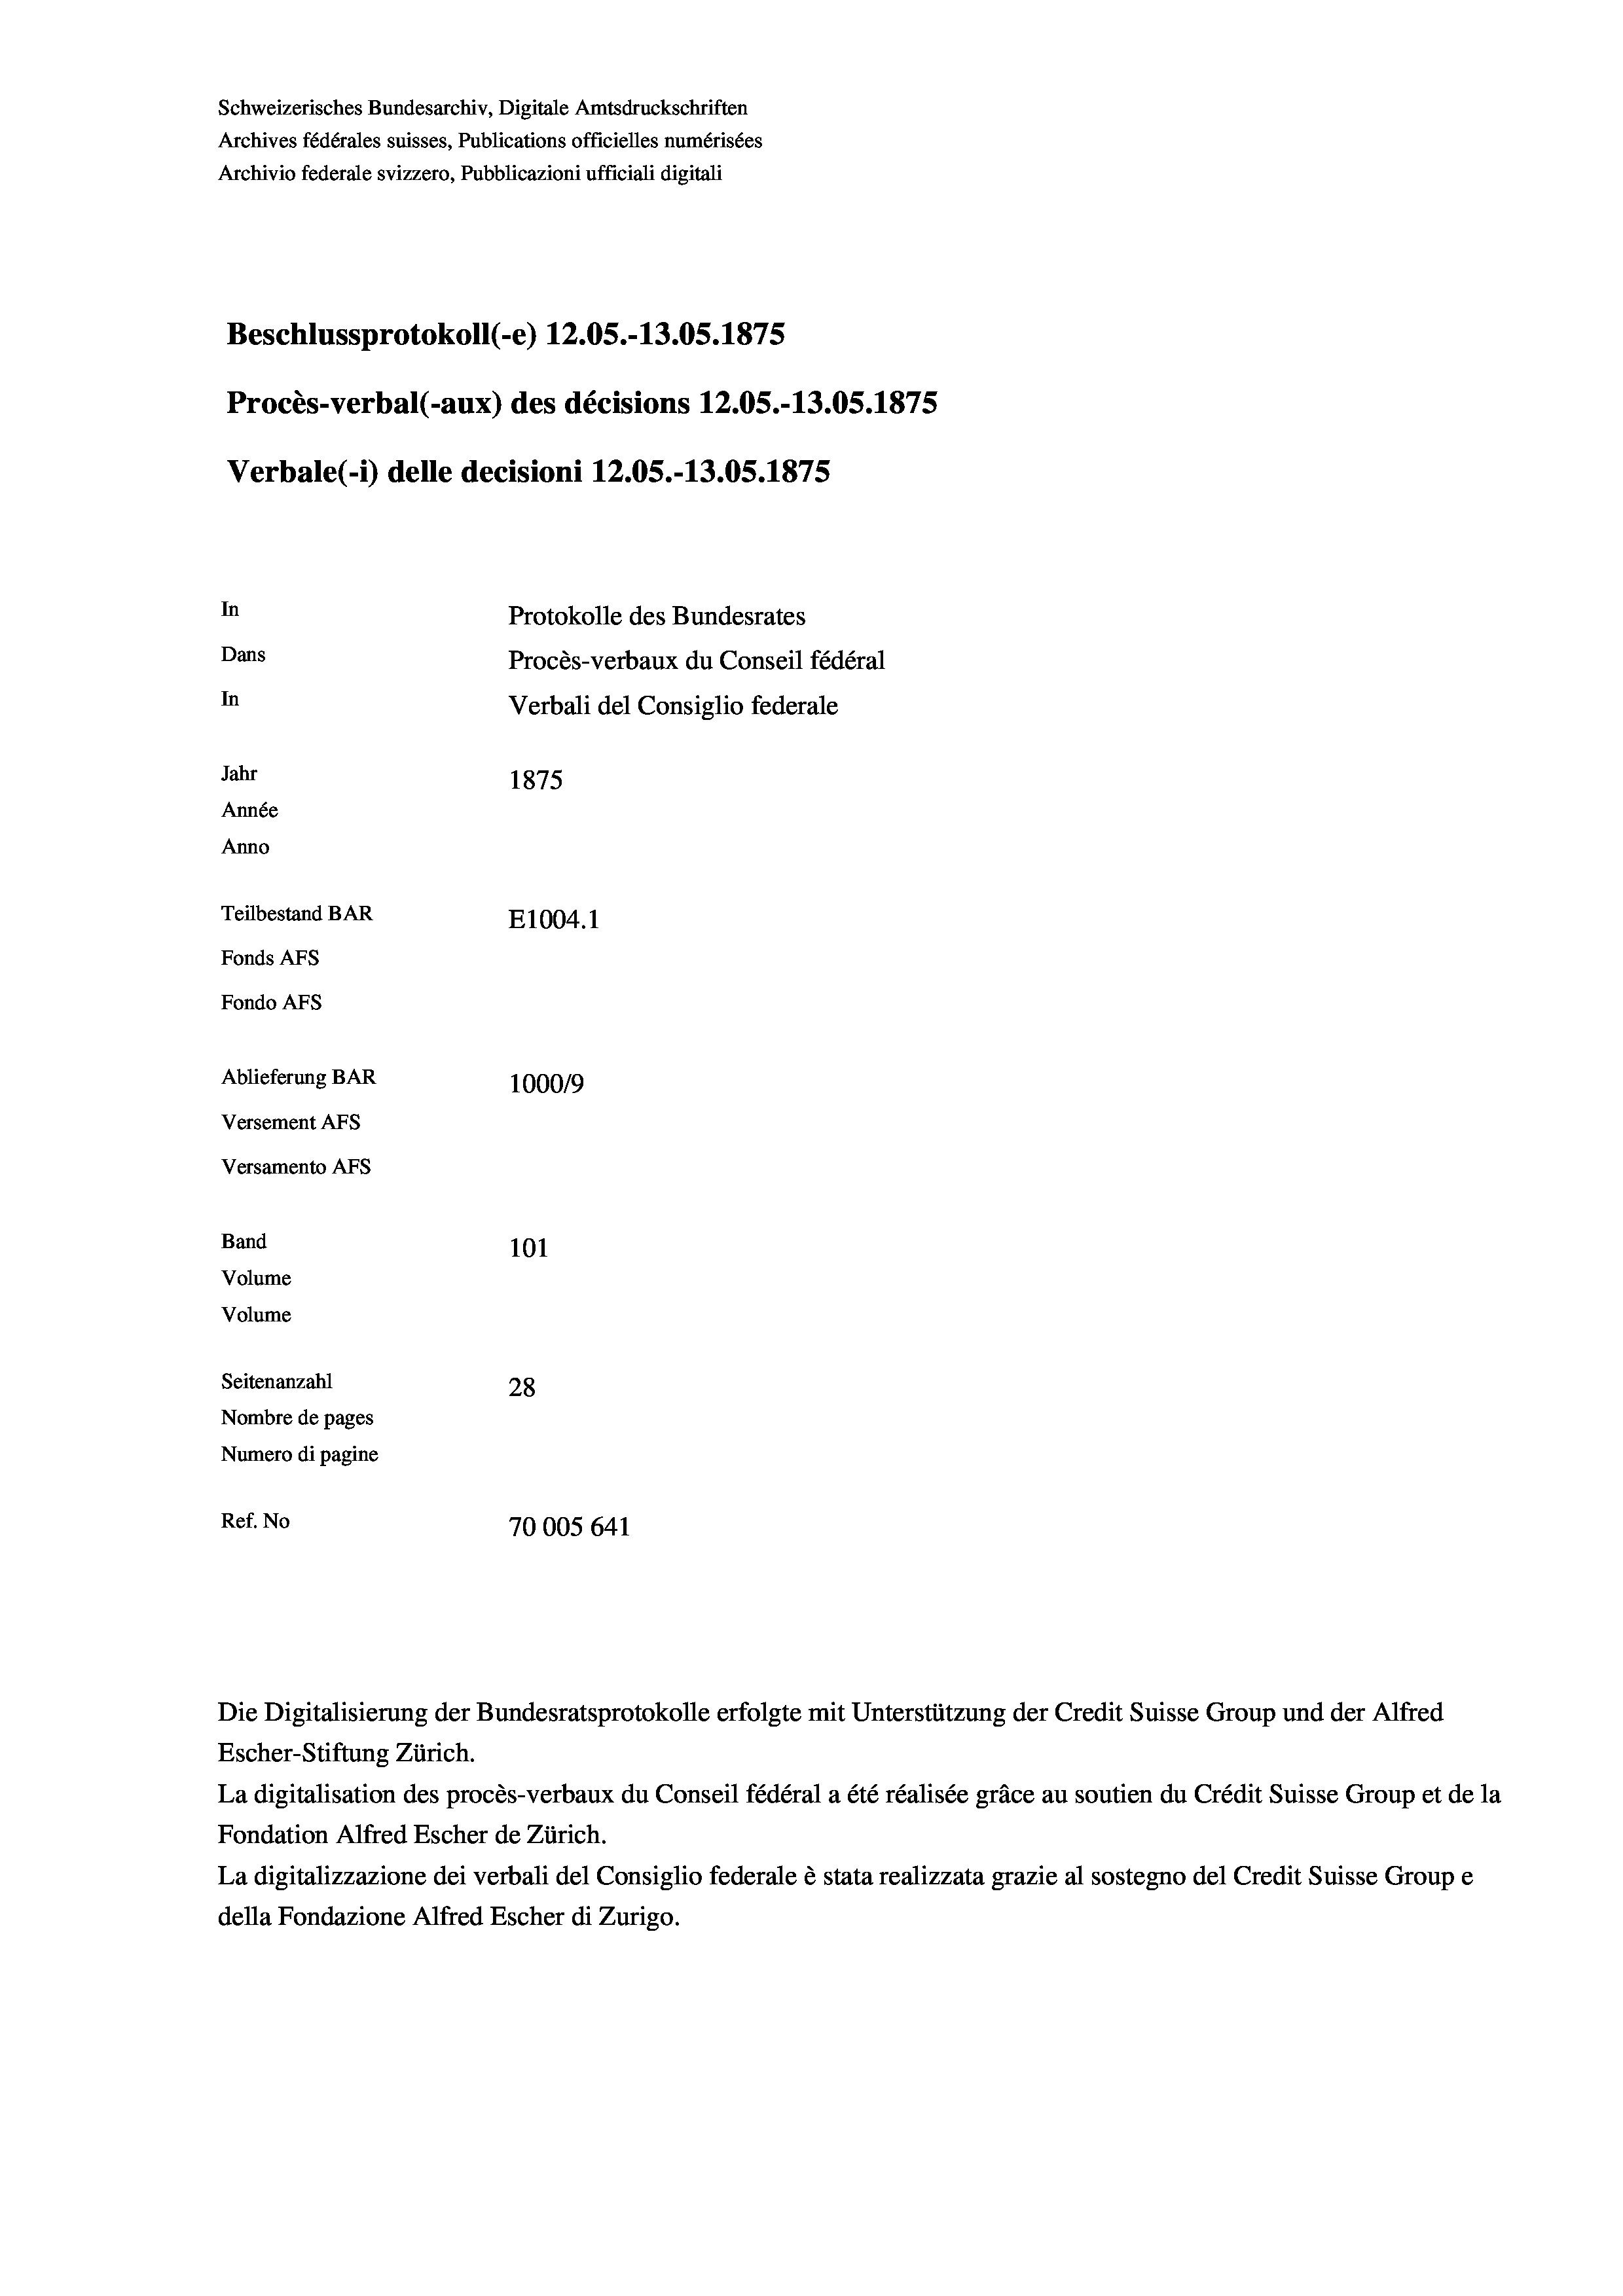
Schweizerisches Bundesarchiv, Digitale Amtsdruckschriften
Archives fédérales suisses, Publications officielles numérisées
Archivio federale svizzero, Pubblicazioni ufficiali digitali
Beschlussprotokoll (-e) 12.05.-13.05. 1875
Procès-verbal (-aux) des décisions 12.05.-13.05. 1875
Verbale (- 1) delle decisioni 12.05.-13.05. 1875
In
Protokolle des Bundesrates
Dans
Procès-verbaux du Conseil fédéral
In
Verbali del Consiglio federale
Jahr
1875
Année
Anno
Teilbestand BAR
E1004.1
Fonds Afs
Fondo Afs
Ablieferung BAR
100019
Versement AFs
Versamento Afs
Band
101
Volume
Volume

Seitenanzahl
28
Nombre de pages
Numero di pagine
Ref. No
70005 641

Die Digitalisierung der Bundesratsprotokolle erfolgte mit Unterstützung der Credit Suisse Group und der Alfred

Escher-Stiftung Zürich.
La digitalisation des procès-verbaux du Conseil fédéral a été réalisée gräce au soutien du Crédit Suisse Group et de la
Fondation Alfred Escher de Zürich.
La digitalizzazione dei verbali del Consiglio federale è stata realizzata grazie al sostegno del Credit Suisse Groupe
della Fondazione Alfred Escher di Zurigo.